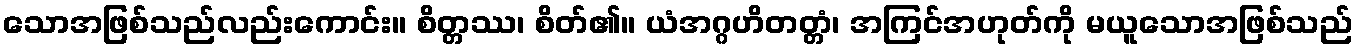
သောအဖြစ်သည်လည်းကောင်း။ စိတ္တဿ၊ စိတ်၏။ ယံအဂ္ဂဟိတတ္တံ၊ အကြင်အဟုတ်ကို မယူသောအဖြစ်သည်